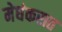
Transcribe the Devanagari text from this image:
मेघंकरात